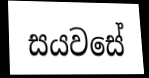
සයවසේ